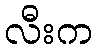
လီးက